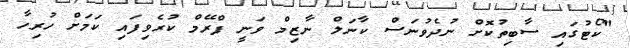
"ކޯޓުގައި ސާބިތުކޮށް ނުދެވުނަސް ކާނަލް ނާޒިމް ވަނީ ފްރޭމް ކުރެވިފައި ކަމަށް ހުރިހާ